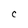
Character: C